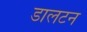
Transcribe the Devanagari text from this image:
डालटन